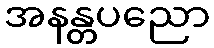
အနန္တပညော